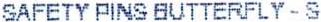
SAFETY PINS BUTTERFLY - S